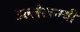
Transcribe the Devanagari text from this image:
उल्लेखनयी